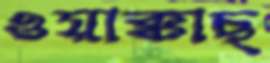
ওয়াক্কাছ